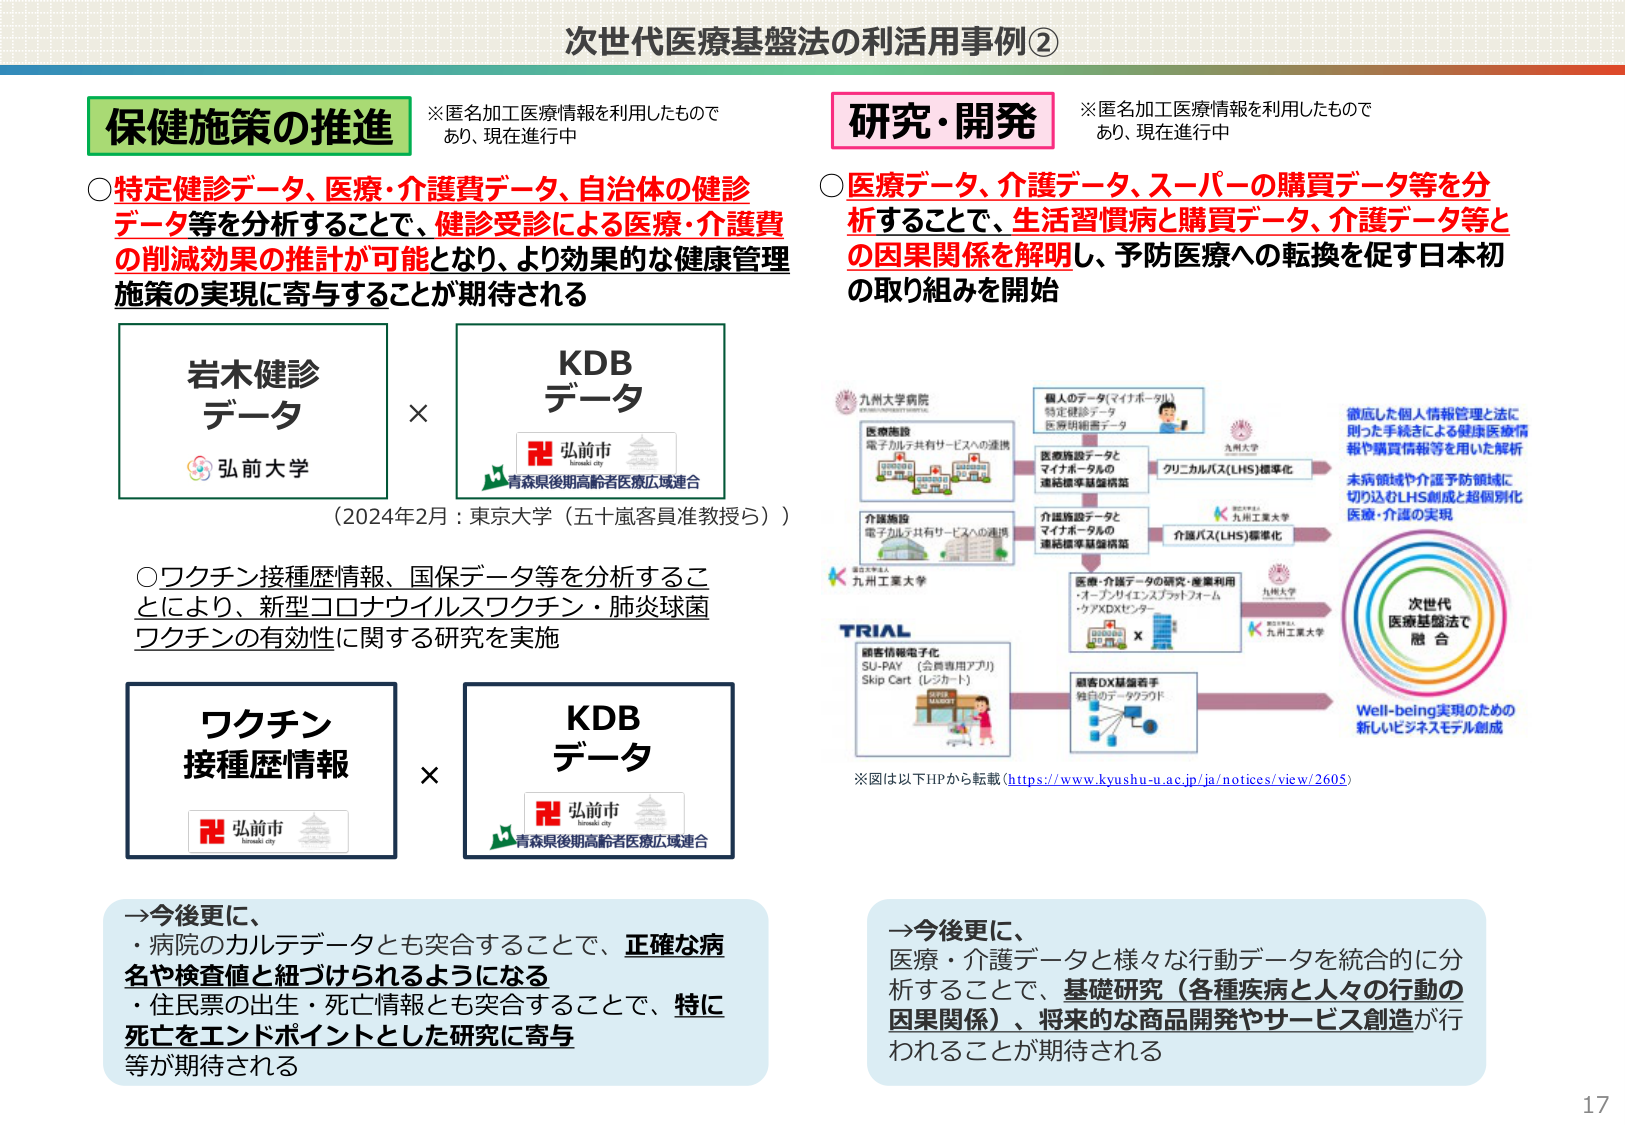
次世代医療基盤法の利活用事例②

保健施策の推進
※匿名加工医療情報を利用したもので
あり、現在進行中

○特定健診データ、医療・介護費データ、自治体の健診
データ等を分析することで、健診受診による医療・介護費
の削減効果の推計が可能となり、より効果的な健康管理
施策の実現に寄与することが期待される

岩木健診
データ
弘前大学

KDB
データ
弘前市
青森県後期高齢者医療広域連合

（2024年2月：東京大学（五十嵐客員准教授ら））

○ワクチン接種歴情報、国保データ等を分析するこ
とにより、新型コロナウイルスワクチン・肺炎球菌
ワクチンの有効性に関する研究を実施

ワクチン
接種歴情報
弘前市

KDB
データ
弘前市
青森県後期高齢者医療広域連合

→今後更に、
・病院のカルテデータとも突合することで、正確な病
名や検査値と紐づけられるようになる
・住民票の出生・死亡情報とも突合することで、特に
死亡をエンドポイントとした研究に寄与
等が期待される

研究・開発
※匿名加工医療情報を利用したもので
あり、現在進行中

○医療データ、介護データ、スーパーの購買データ等を分
析することで、生活習慣病と購買データ、介護データ等と
の因果関係を解明し、予防医療への転換を促す日本初
の取り組みを開始

九州大学病院
医療施設
電子カルテ共有サービスへの連携

個人のデータ（マイナポータル）
特定健診データ
医療明細書データ

医療施設データと
マイナポータルの
連絡標準基盤構築

九州大学

クリニカルパス（LHS）標準化

介護施設
電子カルテ共有サービスへの連携

介護施設データと
マイナポータルの
連絡標準基盤構築

九州工業大学

介護パス（LHS）標準化

医療・介護データの研究・産業利用
・オープンサイエンスプラットフォーム
・ケイエックスディセンター

九州大学
九州工業大学

TRIAL
顧客情報電子化
SU-PAY （会員専用アプリ）
Skip Cart （レジカート）

顧客DX基盤着手
独自のデータプラット

徹底した個人情報管理と法に
則った手続きによる健康医療情
報や購買情報等を用いた解析

未病領域や介護予防領域に
切り込むLHS創成と超個別化
医療・介護の実現

次世代
医療基盤法で
融合

Well-being実現のための
新しいビジネスモデル創成

※図は以下HPから転載（https://www.kyushu-u.ac.jp/ja/notices/view/2605）

→今後更に、
医療・介護データと様々な行動データを統合的に分
析することで、基礎研究（各種疾病と人々の行動の
因果関係）、将来的な商品開発やサービス創造が行
われることが期待される

17